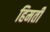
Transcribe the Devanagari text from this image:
हिमती